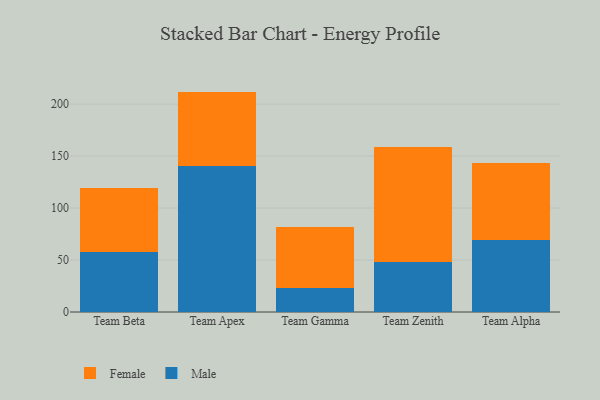
{"axis": {"x": "Team", "y": "Conversion Rate (%)"}, "legend": ["Female", "Male"], "data": [{"x": "Team Beta", "y": 57.5, "type": "Male"}, {"x": "Team Beta", "y": 62.0, "type": "Female"}, {"x": "Team Apex", "y": 140.7, "type": "Male"}, {"x": "Team Apex", "y": 71.3, "type": "Female"}, {"x": "Team Gamma", "y": 22.7, "type": "Male"}, {"x": "Team Gamma", "y": 59.2, "type": "Female"}, {"x": "Team Zenith", "y": 47.7, "type": "Male"}, {"x": "Team Zenith", "y": 111.2, "type": "Female"}, {"x": "Team Alpha", "y": 69.5, "type": "Male"}, {"x": "Team Alpha", "y": 73.9, "type": "Female"}]}